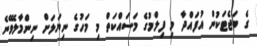
ގެ ބަޖެޓަކުން އުފައްދާ މި ފިލްމުގެ މަސައްކަތް މި މަހުގެ ނިޔަލަށް ނިންމާލެވޭނެ